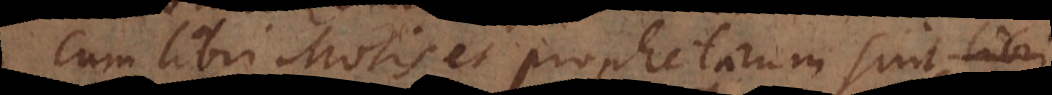
Cum libri Mosis et prophetarum sint lingua